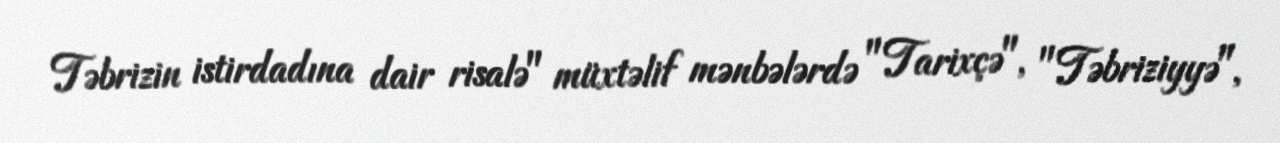
Təbrizin istirdadına dair risalə" müxtəlif mənbələrdə "Tarixçə", "Təbriziyyə",